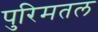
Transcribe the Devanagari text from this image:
पुरिमतल